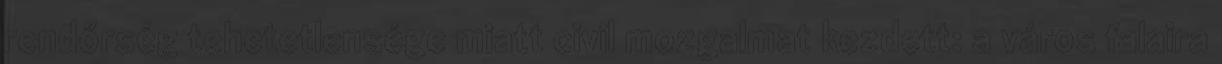
rendőrség tehetetlensége miatt civil mozgalmat kezdett: a város falaira